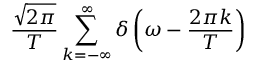
{ \frac { \sqrt { 2 \pi } } { T } } \sum _ { k = - \infty } ^ { \infty } \delta \left( \omega - { \frac { 2 \pi k } { T } } \right)